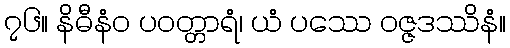
၇၆။ နိဓီနံဝ ပဝတ္တာရံ၊ ယံ ပဿေ ဝဇ္ဇဒဿိနံ။